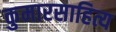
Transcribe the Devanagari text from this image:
कुमारसाहित्य